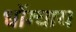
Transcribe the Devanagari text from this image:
धोंग्चाय